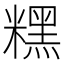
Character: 𥼯